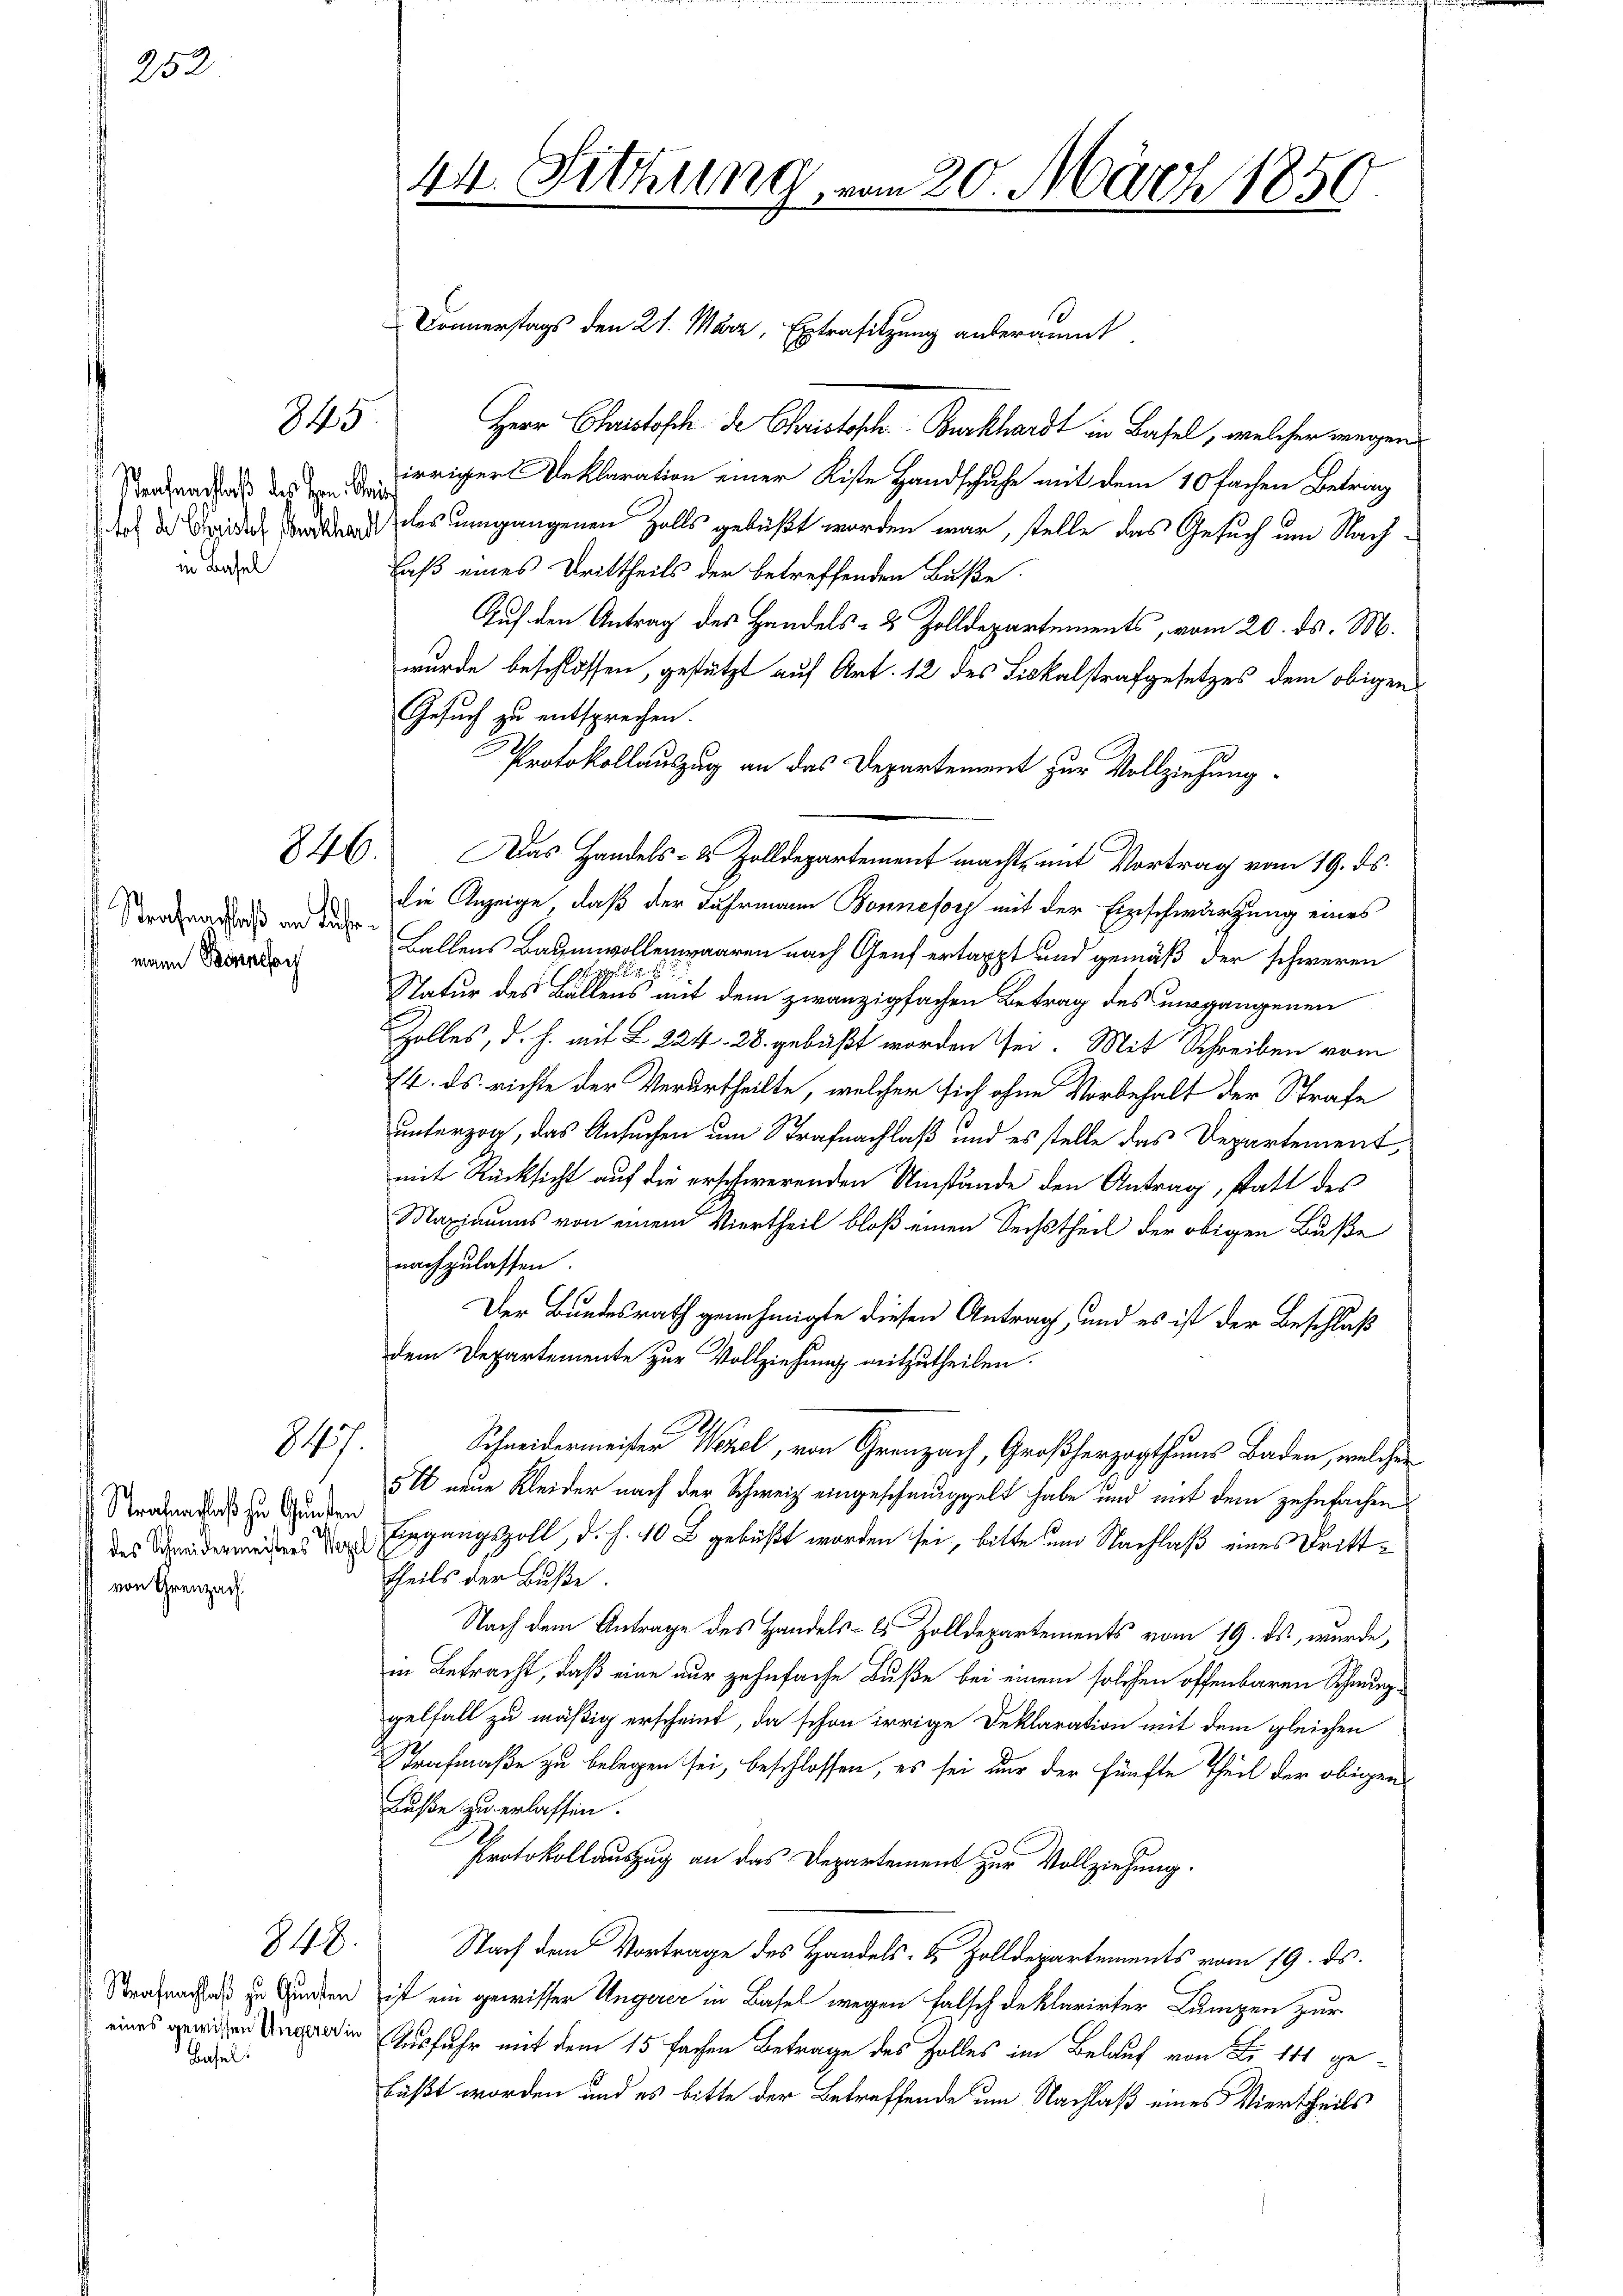
252

845

in Basel

846.

Strafnachlaß an Fuhr
mann Bonndor

Straferfloß zu Gunden
des Schneidermeisters Wegel
von Greuzach.

8457.

Strafnachlaß zu Gunsten
eines gewissen Ungerer in
Basel.

848.

44. Sitzung, vom 20. März 1850.

Herr Chaistoph. de Christisch. Burkhardt in Basel, welcher wegen
Serhanders der irriger Reklaration einer Kiste Handschufe mit dem 10 fachen Betrag
doch die redet werden des umgangenen Halls gebüßt worden war, stelle das Gesuch am Nach
Faß eines Drittheils der betreffenden Buße
Auf den Antrag des Handels- & Zolldepartements, vom 20. ds. M.
wurde beschlossen, gestützt auf Art. 12 des Lickalstrafgesetzes dem obigen
Gesuch zu entsprechen.
Protokollauszug an das Departement zur Vollziehung.
Das Handels- & Zolldepartement machte mit Vortrag vom 19. ds.
die Anzeige, daß der Fuhrmann Bonnesorg mit der Einschwärzung eines
Ballens Baumwollenwaaren nach Genfertappt und gemäß der schweren
e
Natur des Ballens mit dem zwanzigfachen Betrag des umgangenen
Zolles, d. h. mit L 224. 28. gebüßt worden sei. Mit Schreiben vom
74. ds. richte der Verurtheilte, welcher sich ohne Vorbehalt der Strafe
unterzog, das Ansuchen um Strafnachlaß und es stelle das Departement,
mit Rücksicht auf die erschwerenden Umstände den Antrag, statt des
Maximums von einem Viertheil bloß einen Sechstheil der obigen Buße
nachzulassen.
11
Der Bundesrath genehmigte diesen Antrag, und es ist der Beschluß
dem Departemente zur Vollziehung mitzutheilen.
Schneidermeister Wezel, von Grenzach, Großherzogthums Baden, welcher
§ i neue Kleider nach der Schweiz eingeschmuggelt habe und mit dem zehnfachen
Tiggangszoll, d. h. 10 gebüßt worden sei, bitte und Nachlaß eines Dritttheils der Buße.
Nach dem Antrage des Handels- & Zolldepartements vom 19. ds. wurde,
in Betracht, daß eine nur zehnfache Buße bei einem solchen offenbaren Schwurgelfall zu mäßig erscheint, da schon irrige Deklaration mit dem gleichen
Strafmaße zu belegen sei, beschlossen, es sei nur der fünfte Theil der obigen
Buße zu erlassen.
Protokollauszug an das Departement zur Vollziehung.
Nach den Vortrage des Handels- & Zolldepartements vom 19. ds.
ist ein gewisser Ungerer in Basel wegen falsch deklarirter Lumpen zur
Ausfuhr mit dem 15 fachen Betrage des Zolles im Belauf von Fr. 111 gebüßt worden und es bitte der Betreffende um Nachlaß eines Viertheils

Donnerstags den 21. März, Extrasitzung anberaumt